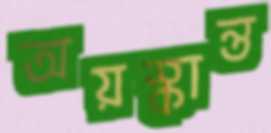
অয়স্কান্ত